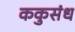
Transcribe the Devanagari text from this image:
ककुसंध